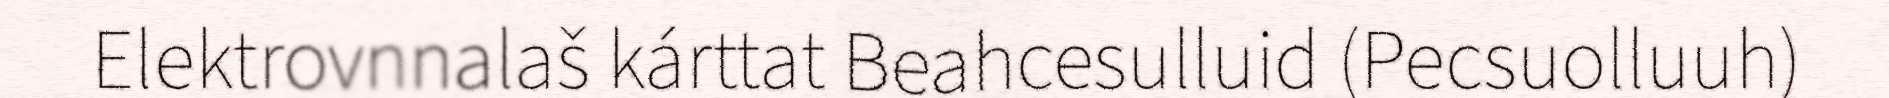
Elektrovnnalaš kárttat Beahcesulluid (Pecsuolluuh)